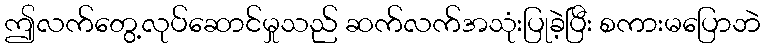
ဤလက်တွေ့လုပ်ဆောင်မှုသည် ဆက်လက်အသုံးပြုခဲ့ပြီး စကားမပြောဘဲ